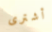
أشترى